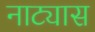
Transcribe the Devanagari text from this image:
नाट्यास